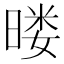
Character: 𰖚